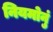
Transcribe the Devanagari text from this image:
नियमोनुं